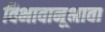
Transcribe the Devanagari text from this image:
विभावानूभावा